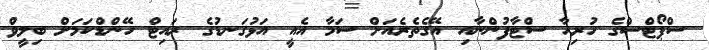
ސްޕޯޓްސްގެ ހުރިހާ ސްޓާފުންނާއި އޭގެތެރެއަށް ސަމާ އެއީ އަޅުގަނޑުގެ ރައިޓް ހޭންޑްކަމަށް ބިލީވް